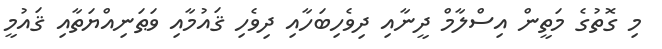
މި ގޮތުގެ މަތީން އިސްލާމް ދީނާއި ދިވެހިބަހާއި ދިވެހި ޤައުމާއި ވަޠަނިއްޔަތާއި ޤައުމީ